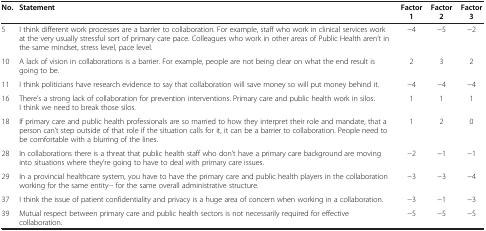
| No. | Statement | Factor 1 | Factor 2 | Factor 3 |
 | --- | --- | --- | --- | --- |
 | 5 | I think different work processes are a barrier to collaboration. For example, staff who work in clinical services work at the very usually stressful sort of primary care pace. Colleagues who work in other areas of Public Health aren’t in the same mindset, stress level, pace level. | −4 | −5 | −2 |
 | 10 | A lack of vision in collaborations is a barrier. For example, people are not being clear on what the end result is going to be. | 2 | 3 | 2 |
 | 11 | I think politicians have research evidence to say that collaboration will save money so will put money behind it. | −4 | −4 | −4 |
 | 16 | There’s a strong lack of collaboration for prevention interventions. Primary care and public health work in silos. I think we need to break those silos. | 1 | 1 | 1 |
 | 18 | If primary care and public health professionals are so married to how they interpret their role and mandate, that a person can’t step outside of that role if the situation calls for it, it can be a barrier to collaboration. People need to be comfortable with a blurring of the lines. | 1 | 2 | 0 |
 | 28 | In collaborations there is a threat that public health staff who don’t have a primary care background are moving into situations where they’re going to have to deal with primary care issues. | −2 | −1 | −1 |
 | 29 | In a provincial healthcare system, you have to have the primary care and public health players in the collaboration working for the same entity-- for the same overall administrative structure. | −3 | −3 | −4 |
 | 37 | I think the issue of patient confidentiality and privacy is a huge area of concern when working in a collaboration. | −3 | −1 | −3 |
 | 39 | Mutual respect between primary care and public health sectors is not necessarily required for effective collaboration. | −5 | −5 | −5 |